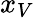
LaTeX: x_{V}